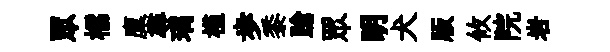
眾櫺廩尋璃槿歩黍蹌眾眀犬版攸院岩